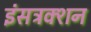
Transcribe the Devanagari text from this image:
इंसट्रक्शन